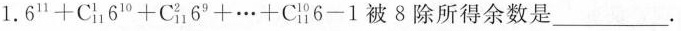
1.$$6 ^ { 1 1 } + C _ { 1 1 } ^ { 1 } 6 ^ { 1 0 } + C _ { 1 1 } ^ { 2 } 6 ^ { 9 } + … +